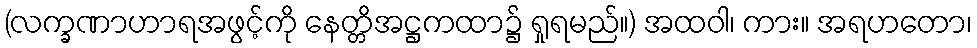
(လက္ခဏာဟာရအဖွင့်ကို နေတ္တိအဋ္ဌကထာ၌ ရှုရမည်။) အထဝါ၊ ကား။ အရဟတော၊